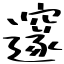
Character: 邃